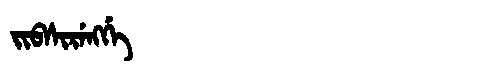
Manchu: ᠵᡳᠪᠰᡳᡵᡝᠩᡤᡝ
Romanization: JIBSIRENGGE